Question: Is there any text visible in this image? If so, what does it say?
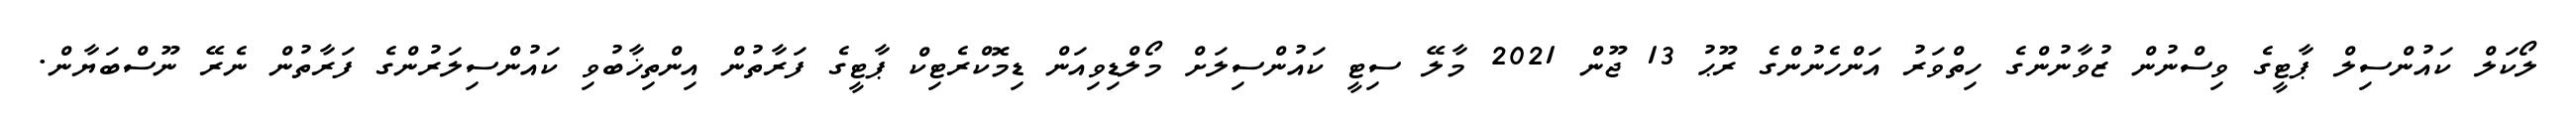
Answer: ލޯކަލް ކައުންސިލް ޕާޓީގެ ވިސްނުން ޒުވާނުންގެ ހިތްވަރު އަންހެނުންގެ ރޫޙު 13 ޖޫން 2021 މާލޭ ސިޓީ ކައުންސިލަށް މޯލްޑިވިއަން ޑިމޮކްރެޓިކް ޕާޓީގެ ފަރާތުން އިންތިޚާބުވި ކައުންސިލަރުންގެ ފަރާތުން ނެރޭ ނޫސްބަޔާން.